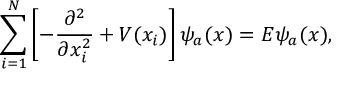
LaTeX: \sum _ { i = 1 } ^ { N } \left[ - \frac { \partial ^ { 2 } } { \partial x _ { i } ^ { 2 } } + V ( x _ { i } ) \right] \psi _ { a } ( x ) = E \psi _ { a } ( x ) ,